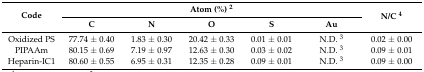
<table><thead><tr><td rowspan="2"><b>Code</b></td><td colspan="5"><b>Atom (%) <sup>2</sup></b></td><td rowspan="2"><b>N/C <sup>4</sup></b></td></tr><tr><td><b>C</b></td><td><b>N</b></td><td><b>O</b></td><td><b>S</b></td><td><b>Au</b></td></tr></thead><tbody><tr><td>Oxidized PS</td><td>77.74 ± 0.40</td><td>1.83 ± 0.30</td><td>20.42 ± 0.33</td><td>0.01 ± 0.01</td><td>N.D. <sup>3</sup></td><td>0.02 ± 0.00</td></tr><tr><td>PIPAAm</td><td>80.15 ± 0.69</td><td>7.19 ± 0.97</td><td>12.63 ± 0.30</td><td>0.03 ± 0.02</td><td>N.D. <sup>3</sup></td><td>0.09 ± 0.01</td></tr><tr><td>Heparin-IC1</td><td>80.60 ± 0.55</td><td>6.95 ± 0.31</td><td>12.35 ± 0.28</td><td>0.09 ± 0.01</td><td>N.D. <sup>3</sup></td><td>0.09 ± 0.00</td></tr></tbody></table>